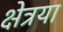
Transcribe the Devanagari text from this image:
क्षेत्रया